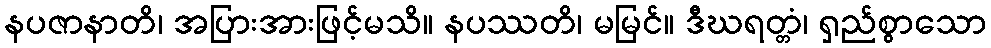
နပဇာနာတိ၊ အပြားအားဖြင့်မသိ။ နပဿတိ၊ မမြင်။ ဒီဃရတ္တံ၊ ရှည်စွာသော